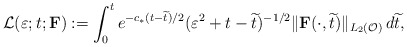
\begin{align*}\mathcal{L}(\varepsilon ; t; {\mathbf F})&:= \int _0^t e^{-c_{*}(t-\widetilde{t})/2} (\varepsilon ^2 +t-\widetilde{t})^{-1/2}\Vert \mathbf{F}(\cdot ,\widetilde{t})\Vert _{L_2(\mathcal{O})}\,d\widetilde {t},\end{align*}